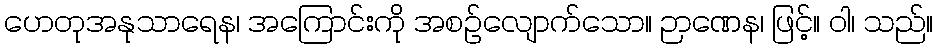
ဟေတုအနုသာရေန၊ အကြောင်းကို အစဉ်လျောက်သော။ ဉာဏေန၊ ဖြင့်။ ဝါ၊ သည်။